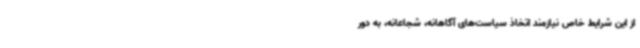
از این شرایط خاص نیازمند اتخاذ سیاست‌های آگاهانه، شجاعانه، به دور